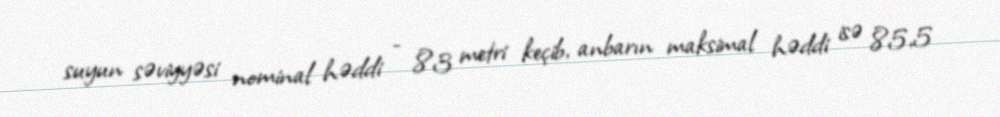
suyun səviyyəsi nominal həddi - 83 metri keçib, anbarın maksimal həddi isə 85,5